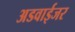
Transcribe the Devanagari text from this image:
अडवाईजर